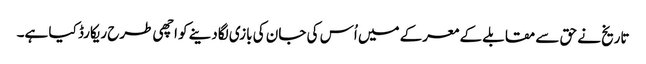
تاریخ نے حق سے مقابلے کے معرکے میں اُس کی جان کی بازی لگادینے کو اچھی طرح ریکارڈ کیا ہے۔